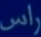
راس